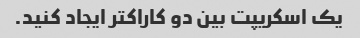
یک اسکریپت بین دو کاراکتر ایجاد کنید.